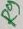
Text: R9